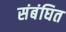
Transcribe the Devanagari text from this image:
संबंघित